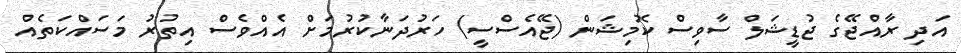
އަދި ރާއްޖޭގެ ޖުޑީޝަލް ސާވިސް ކޮމިޝަން (ޖޭއެސްސީ) ހަރުދަނާކުރުމަށް އެއްވެސް އިތުރު މަސައްކަތެއް